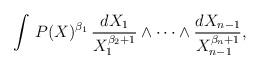
LaTeX: \begin{align*}\int \, P(X)^{\beta_1} \, {{dX_1}\over{X_1^{\beta_2+1}}}\wedge\cdots\wedge{{dX_{n-1}}\over{X_{n-1}^{\beta_n+1}}},\end{align*}